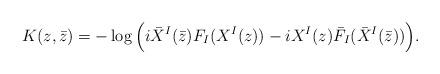
LaTeX: \begin{align*}K(z,\bar z)=-\log\Big(i \bar X^I(\bar z)F_I ( X^I(z))-i X^I(z)\bar F_I(\bar X^I(\bar z))\Big) .\end{align*}